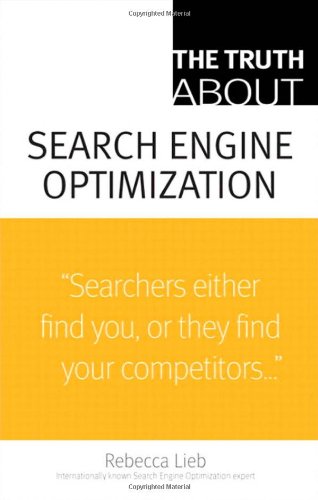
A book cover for The Truth About Search Engine Optimization; Rebecca Lieb; Computers & Technology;